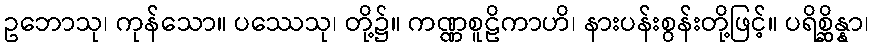
ဥဘောသု၊ ကုန်သော။ ပဿေသု၊ တို့၌။ ကဏ္ဏစူဠိကာဟိ၊ နားပန်းစွန်းတို့ဖြင့်။ ပရိစ္ဆိန္နာ၊